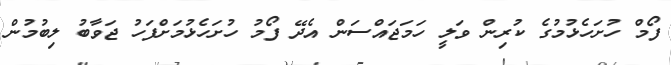
ފޯމް ހުށަހެޅުމުގެ ކުރިން ވަލީ ހަމަޖައްސަން އެދޭ ފޯމު ހުށަހެޅުމަށްފަހު ޖަވާބު ލިބުމުން